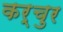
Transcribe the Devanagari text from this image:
कर्चुर